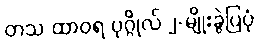
တသ ထာဝရ ပုဂ္ဂိုလ် ၂-မျိုးခွဲပြပုံ